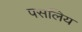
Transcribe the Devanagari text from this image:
पसलिय